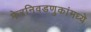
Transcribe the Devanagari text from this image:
फेरनिवडणुकांमध्ये